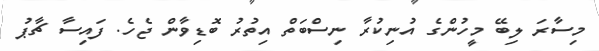
މިސާރަ ލިބޭ މީހުންގެ އުނިކުރާ ނިސްބަތް އިތުރު ބޮޑިވާން ޖެހެ. ފައިސާ ޗާޕު